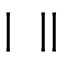
\bigstar | \bigstar \bigstar | |